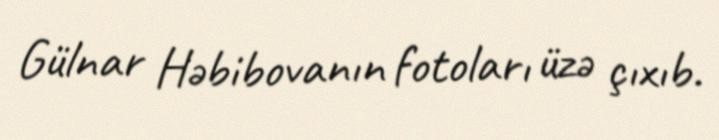
Gülnar Həbibovanın fotoları üzə çıxıb.